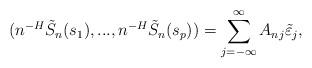
LaTeX: \begin{align*}(n^{-H}\tilde{S}_{n}(s_{1}),...,n^{-H}\tilde{S}_{n}(s_{p}))=\sum_{j=-\infty}^{\infty} A_{nj}\tilde{\varepsilon}_{j},\end{align*}